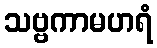
သဗ္ဗကာမဟရံ